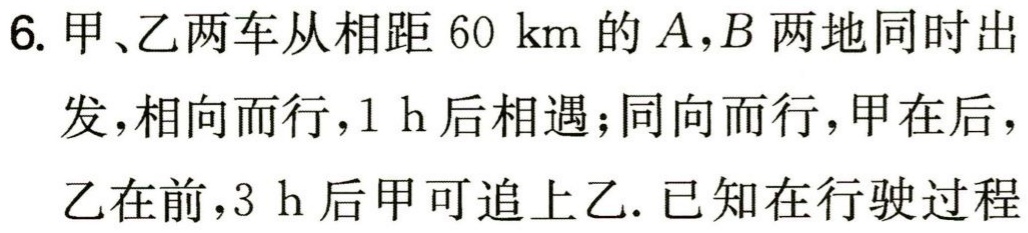
6. 甲、乙两车从相距 \(60\ \text{km}\) 的 \(A,B\) 两地同时出
发，相向而行，\(1\ \text{h}\) 后相遇；同向而行，甲在后，
乙在前，\(3\ \text{h}\) 后甲可追上乙. 已知在行驶过程